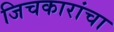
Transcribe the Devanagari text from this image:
जिचकारांचा